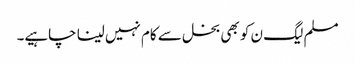
مسلم لیگ ن کو بھی بخل سے کام نہیں لینا چاہیے۔